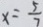
x = \frac { 5 } { 7 }